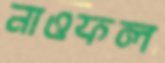
নাওফল